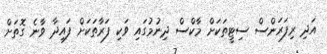
އަދި ރިފަރަންސް ސިޓީތަކަށް މާކްސް ދިނުމުގައި ވަކި ފަރާތަކަށް ފައިދާ ވާނެ ގޮތަށް